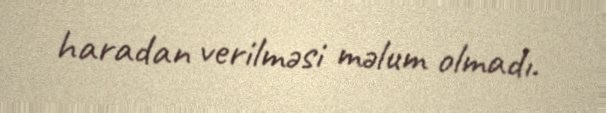
haradan verilməsi məlum olmadı.